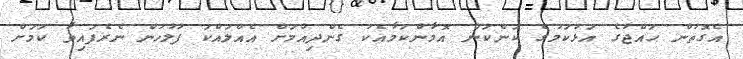
އެގޮތުން ޙައްޖުގެ އަޅުކަމުގެ ކަންކަން އޮމާންކަމާއެކު ގެންދިއުމަށް އެއްލައްކަ ފުލުހުން ނެރެފައިވާ ކަމަށް